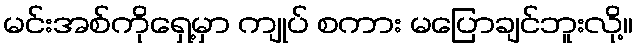
မင်းအစ်ကိုရှေ့မှာ ကျုပ် စကား မပြောချင်ဘူးလို့။